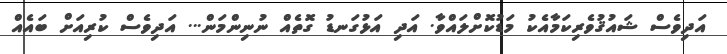
އަދިވެސް ޝައުޤުވެރިކަމާއެކު މަޑުކޮށްލައްވާ. އަދި އަޅުގަނޑު ގޮތެއް ނުނިންމަން... އަދިވެސް ކުރިއަށް ބައެއް